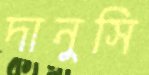
দানুসি